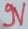
Text: N